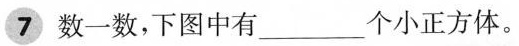
7 数一数，下图中有___个小正方体。